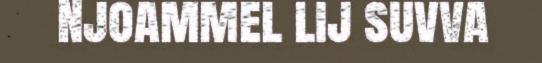
Njoammel lij suvva